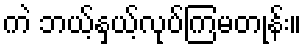
ကဲ ဘယ့်နှယ့်လုပ်ကြမတုန်း။